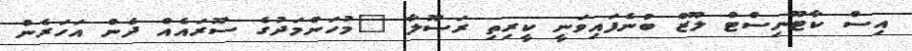
އިސް ކާޓޫނިސްޓް ލޫޒް ބުނެފައިވަނީ ކީރިތި ރަސޫލާ "މުހަންމަދުގެ ސޫރައެއް ދެން އަހަރެން